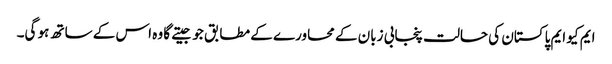
ایم کیو ایم پاکستان کی حالت پنجابی زبان کے محاورے کے مطابق جو جیتے گا وہ اس کے ساتھ ہو گی۔